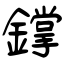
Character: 鐣